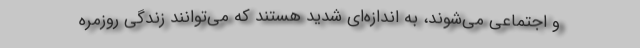
و اجتماعی می‌شوند، به اندازه‌ای شدید هستند که می‌توانند زندگی روزمره